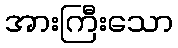
အားကြီးသော